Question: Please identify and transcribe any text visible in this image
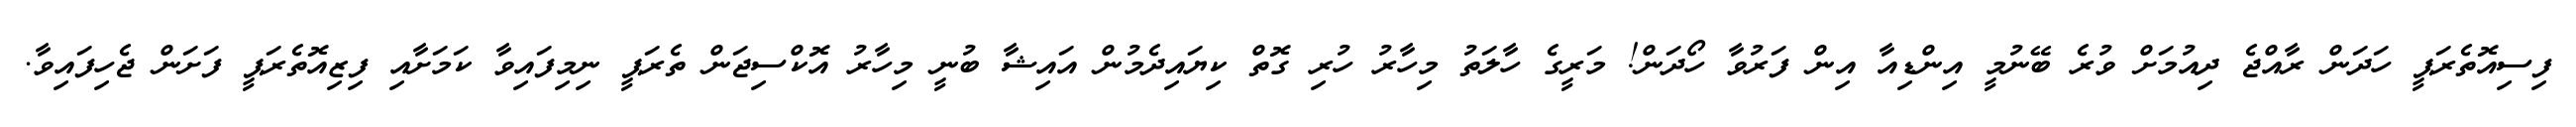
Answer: ފިސިއޮތެރަޕީ ހަދަން ރާއްޖެ ދިއުމަށް ވުރެ ބޭނުމީ އިންޑިއާ އިން ފަރުވާ ހޯދަން! މަރީގެ ހާލަތު މިހާރު ހުރި ގޮތް ކިޔައިދެމުން އައިޝާ ބުނީ މިހާރު އޮކްސިޖަން ތެރަޕީ ނިމިފައިވާ ކަމަށާއި ފިޒިއޮތެރަޕީ ފަށަން ޖެހިފައިވާ.